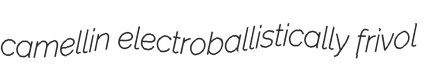
camellin electroballistically frivol